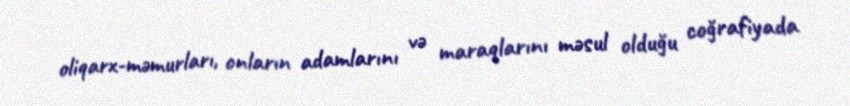
oliqarx-məmurları, onların adamlarını və maraqlarını məsul olduğu coğrafiyada